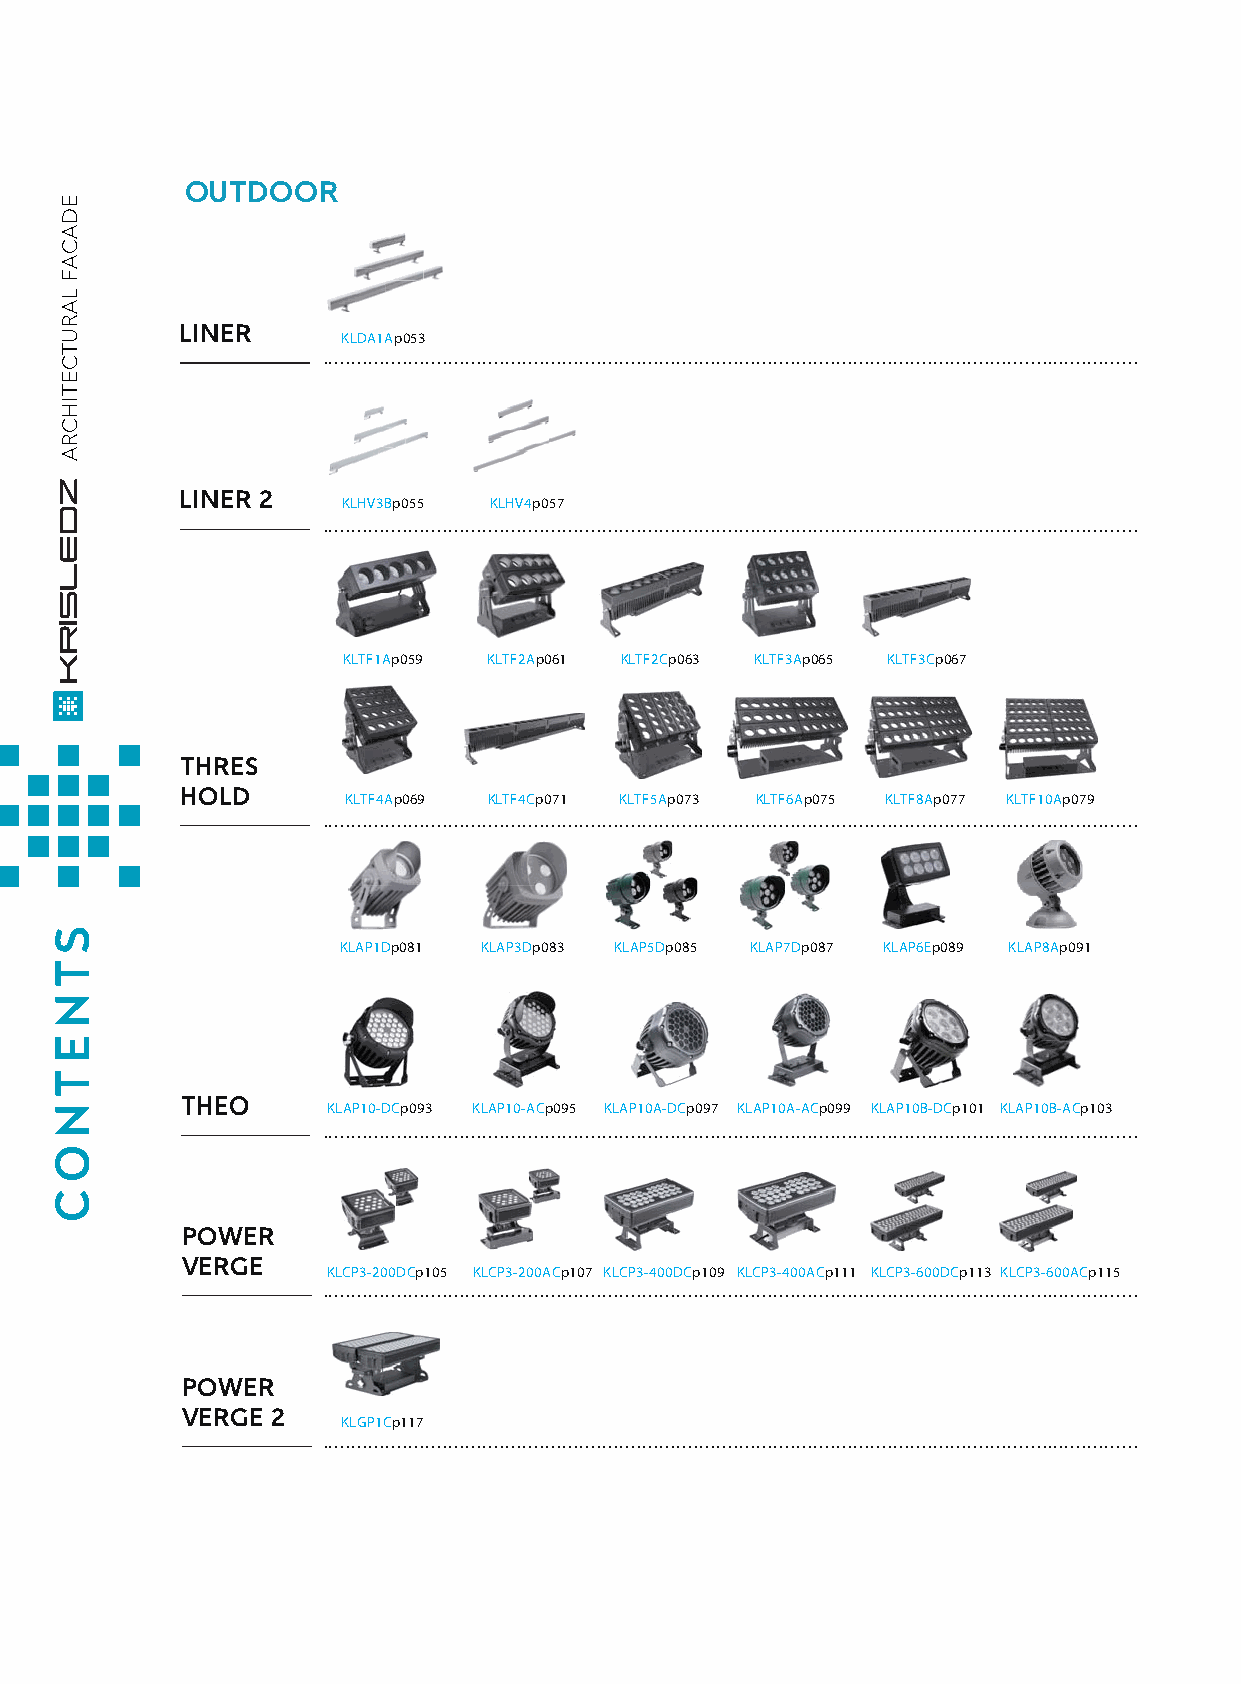
OUTDOOR
 LINER
 KLDA1Ap053
 ...............................................................................................................................................
 LINER 2
 KLHV3Bp055 KLHV4p057
 ...............................................................................................................................................
 KLTF1Ap059 KLTF2Ap061 KLTF2Cp063 KLTF3Ap065 KLTF3Cp067
 THRES
 HOLD
 KLTF4Ap069 KLTF4Cp071 KLTF5Ap073 KLTF6Ap075 KLTF8Ap077 KLTF10Ap079
 ...............................................................................................................................................
 KLAP1Dp081 KLAP3Dp083 KLAP5Dp085 KLAP7Dp087 KLAP6Ep089 KLAP8Ap091
 THEO
 KLAP10-DCp093 KLAP10-ACp095 KLAP10A-DCp097 KLAP10A-ACp099 KLAP10B-DCp101 KLAP10B-ACp103
 ...............................................................................................................................................
 POWER
 VERGE
 KLCP3-200DCp105 KLCP3-200ACp107 KLCP3-400DCp109 KLCP3-400ACp111 KLCP3-600DCp113 KLCP3-600ACp115
 ...............................................................................................................................................
 POWER
 VERGE 2
 KLGP1Cp117
 ...............................................................................................................................................
 STNETNOC
 EDACAF
 LARUTCETIHCRA